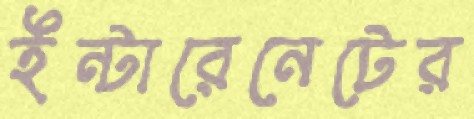
ইন্টারেনেটের